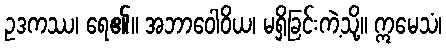
ဥဒကဿ၊ ရေ၏။ အဘာဝေါဝိယ၊ မရှိခြင်းကဲ့သို့။ ဣမေသံ၊